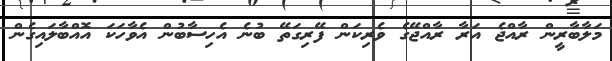
މަލާބާރީން ރާއްޖެ އަރާ ރާއްޖޭގެ ވެރިކަން ފޭރިގަތޭ ބުނެ އެހިސާބުން އެވާހަކަ އޮއްބާލައިގެން